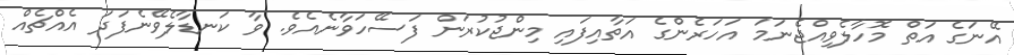
އޭނަގެ އަތް މޮހާލެވިއްޖެނަމަ އަހަރެންގެ އަތާއިފައި މިންޖުކުރަން ފަސޭހަވާނެއެވެ. ވާ ކަނޑާލެވޭނެފަދަ އެއްޗެއް